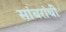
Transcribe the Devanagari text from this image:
सांबरांची